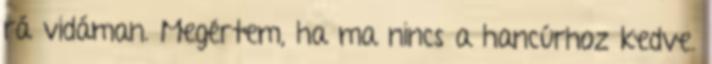
rá vidáman. Megértem, ha ma nincs a hancúrhoz kedve.